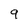
Character: 9